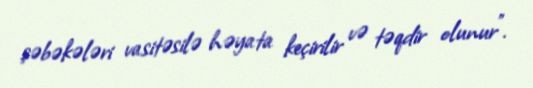
şəbəkələri vasitəsilə həyata keçirilir və təqdir olunur".